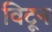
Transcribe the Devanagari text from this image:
विटून